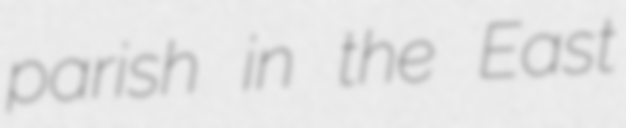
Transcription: parish in the East